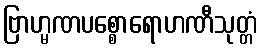
ဗြာဟ္မဏပစ္စောရောဟဏီသုတ္တံ